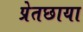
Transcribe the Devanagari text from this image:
प्रेतछाया